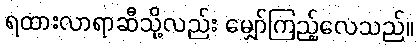
ရထားလာရာဆီသို့လည်း မျှော်ကြည့်လေသည်။